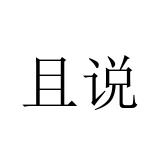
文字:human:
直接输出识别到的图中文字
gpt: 且说